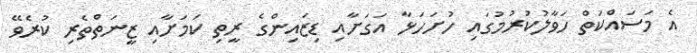
އެ މަސައްކަތް ހަވާލުކުރުމުގައި ހުށަހަޅާ އަގަށާއި ޑިޒައިންގެ ރީތި ކަމަށާއި ޒީނަތްތެރި ކުރެވޭ